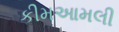
કીમઆમલી